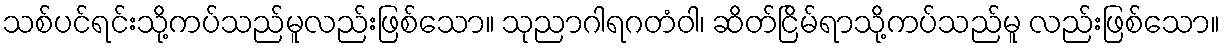
သစ်ပင်ရင်းသို့ကပ်သည်မူလည်းဖြစ်သော။ သုညာဂါရဂတံဝါ၊ ဆိတ်ငြိမ်ရာသို့ကပ်သည်မူ လည်းဖြစ်သော။